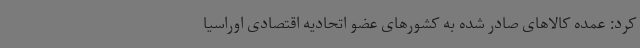
کرد: عمده کالاهای صادر شده به کشورهای عضو اتحادیه اقتصادی اوراسیا